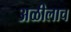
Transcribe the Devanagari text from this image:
अळीलाच